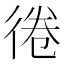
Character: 𢔑